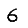
Digit: 6